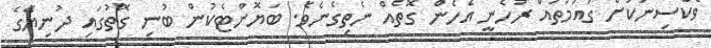
ވެކްސިނަކަށް ގައުމަތައް ރުހެނީ އެހެން ގޮތެއް ނެތިގެނެވެ. ބަޔޮންޓެކުން ބުނި ގޮތުގައި ދުނިޔޭގެ